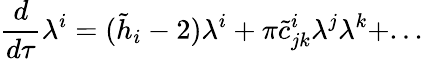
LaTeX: {\frac{d}{d\tau}}\lambda^{i}=(\tilde{h}_{i}-2)\lambda^{i}+\pi\tilde{c}_{jk}^{i}\lambda^{j}\lambda^{k}+...